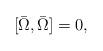
LaTeX: \begin{align*}[\bar{\Omega},\bar{\Omega}]=0,\end{align*}